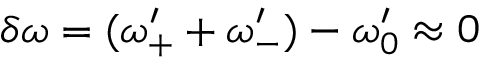
\delta \omega = ( \omega _ { + } ^ { \prime } + \omega _ { - } ^ { \prime } ) - \omega _ { 0 } ^ { \prime } \approx 0